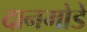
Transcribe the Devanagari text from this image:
दानमोडे